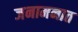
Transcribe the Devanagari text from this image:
जनामनात